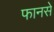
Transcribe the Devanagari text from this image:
फानसे